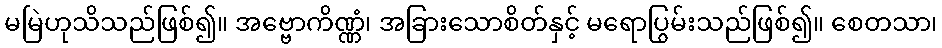
မမြဲဟုသိသည်ဖြစ်၍။ အဗ္ဗောကိဏ္ဏံ၊ အခြားသောစိတ်နှင့် မရောပြွမ်းသည်ဖြစ်၍။ စေတသာ၊